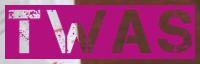
TWAS